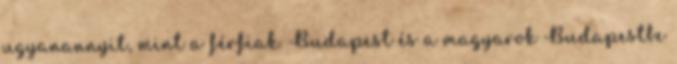
ugyanannyit, mint a férfiak. Budapest és a magyarok Budapestbe